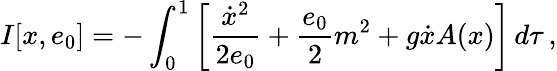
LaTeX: I[x,e_{0}]=-\int_{0}^{1}\left[\frac{\dot{x}^{2}}{2e_{0}}+\frac{e_{0}}{2}m^{2}+g\dot{x}A(x)\right]\, d\tau\, ,